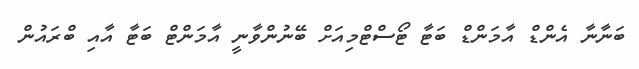
ބަނާނާ އެންޑް އާމަންޑް ބަޓާ ޓޯސްޓްމިއަށް ބޭނުންވާނީ އާމަންޓް ބަޓާ އާއި ބްރައުން